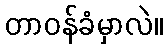
တာဝန်ခံမှာလဲ။